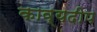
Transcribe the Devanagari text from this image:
काव्यदीप